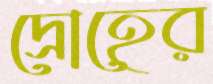
দ্রোহের